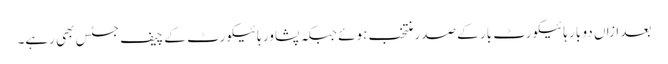
بعد ازاں دو بار ہائیکورٹ بار کے صدر منتخب ہوئے جبکہ پشاور ہائیکورٹ کے چیف جسٹس بھی رہے۔